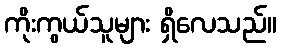
ကိုးကွယ်သူများ ရှိလေသည်။